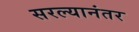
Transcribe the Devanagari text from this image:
सरल्यानंतर